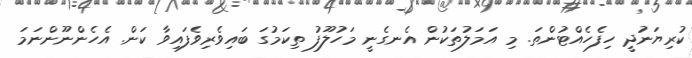
ކުރިޔަނުދީ ހިފެހެއްޓުންތަ. މި އަމަލުތަކުން އެނގެނީ މަހުލޫފު ތިކަމުގަ ބައިވެރިވެފައިވާ ކަން. އެހެންނޫންނަމަ